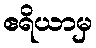
ဧရိယာမှ